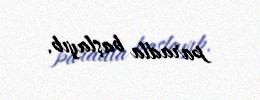
paradla başlayıb.